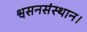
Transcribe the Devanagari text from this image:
श्वसनसंस्थान।